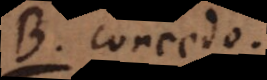
B. Concedo.